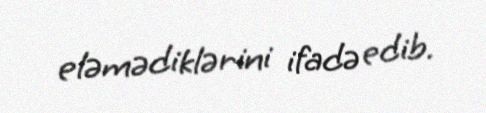
eləmədiklərini ifadə edib.